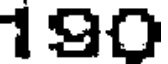
190